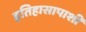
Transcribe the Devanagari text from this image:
इतिहासापाशी